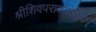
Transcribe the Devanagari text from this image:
श्रीशिवपराज्योदयम्